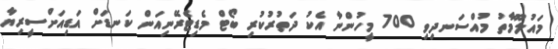
މައުލޫމާތު މުއްސަނދިވި 700 މީހުންނާ އެކު ދަތުރުކުރި ބޯޓް މެޑިޓެރޭނިއަން ކަނޑަށް އަޑިއަށްސީރިޔާ